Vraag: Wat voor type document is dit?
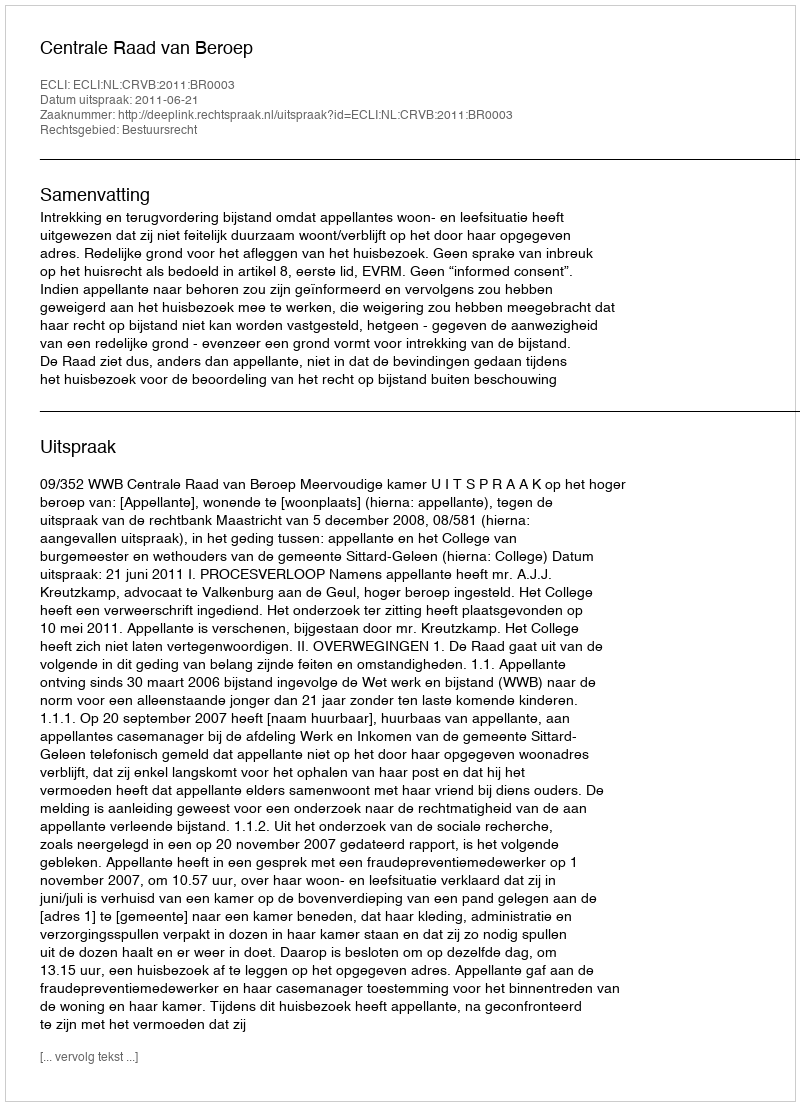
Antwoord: Uitspraak